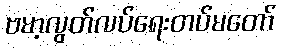
ဗမာ့လွတ်လပ်ရေးတပ်မတော်